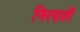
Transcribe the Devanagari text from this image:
निरसली